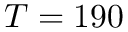
T = 1 9 0